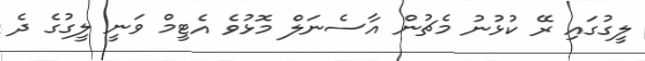
ލީގުގައި ރޭ ކުޅުނު މެޗުން އާސެނަލް މޮޅުވެ އެޓީމް ވަނީ ލީގުގެ ދެ